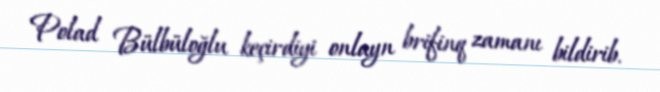
Polad Bülbüloğlu keçirdiyi onlayn brifinq zamanı bildirib.